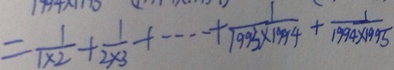
= \frac { 1 } { 1 \times 2 } + \frac { 1 } { 2 \times 3 } + \cdots + \frac { 1 } { 1 9 9 3 \times 1 9 9 4 } + \frac { 1 } { 1 9 9 4 \times 1 9 9 5 }